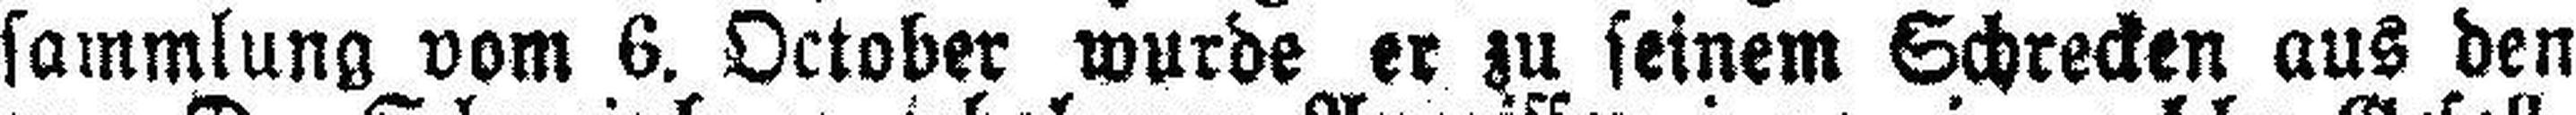
sammlung vom 6. October wurde er zu seinem Schrecken aus den